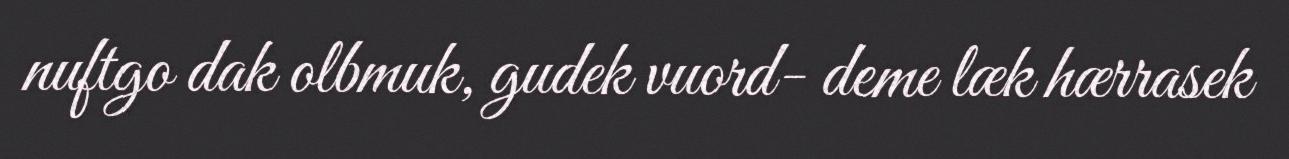
nuftgo dak olbmuk, gudek vuord- deme læk hærrasek